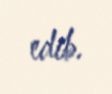
edib.